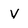
Character: v